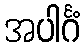
အပါင်္ဂံ